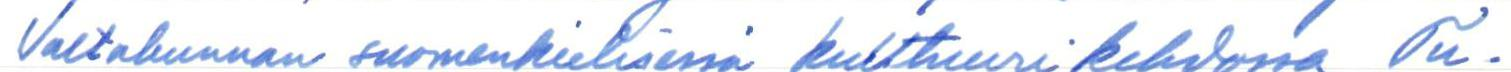
Valtakunnan suomenkielisessä kulttuurikehdossa, Tu-